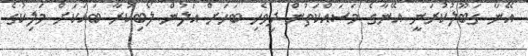
އޭނާ ގަބޫލުކުރަނީ އޭނާގެ މަސައްކަތުން ދިވެހި ބަހަށް އަލުން ލޯބިކުރާ ބައަކަށް މަލިކުގެ